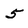
Character: 5